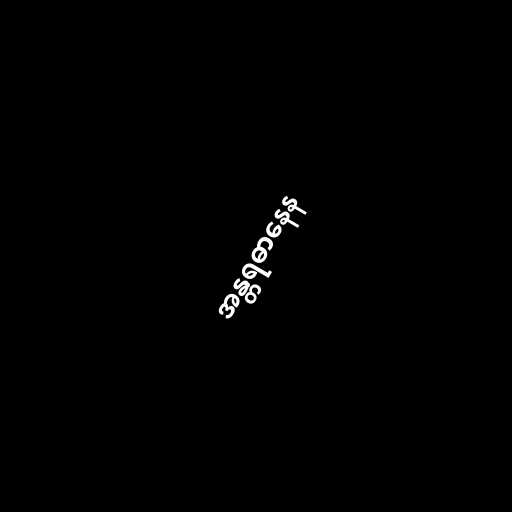
အန္တရဓာနေန